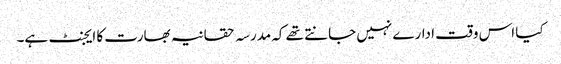
کیا اس وقت ادارے نہیں جانتے تھے کہ مدرسہ حقانیہ بھارت کا ایجنٹ ہے۔